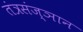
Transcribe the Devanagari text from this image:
तंत्रसंज्ञान